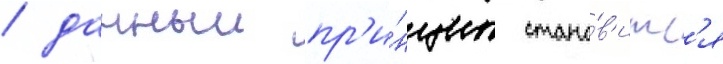
/ данныи пр'и́нцип стано́в'итс'я